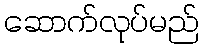
ဆောက်လုပ်မည်